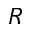
R